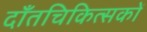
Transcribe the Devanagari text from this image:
दाँतचिकित्सकों